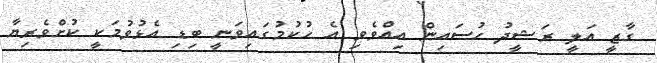
ގާޒީ އަލީ ރަޝީދު ހުސައިން އިއްވެވި އެ ހުކުމުގައިވަނީ ބިޑި އެޅުވުމަކީ ކުށްވެރިޔާ